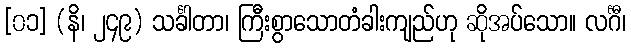
[၀၁] (နိ၊ ၂၄၉) သင်္ခါတာ၊ ကြီးစွာသောတံခါးကျည်ဟု ဆိုအပ်သော။ လင်္ဂီ၊